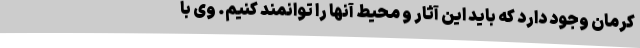
کرمان وجود دارد که باید این آثار و محیط آنها را توانمند کنیم. وی با